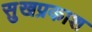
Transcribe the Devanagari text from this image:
सुखप्रकाश